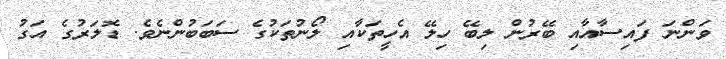
ވަންނަ ފައިސާއާއި ބޭރުން ލިބޭ ހިލޭ އެހީތަކާއި ލޯނުތަކުގެ ސަބަބުންނެވެ. ޑޮލަރުގެ އަގު